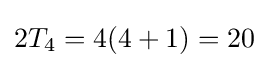
2T_{4}=4(4+1)=20